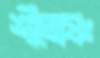
শীতোষ্ণ